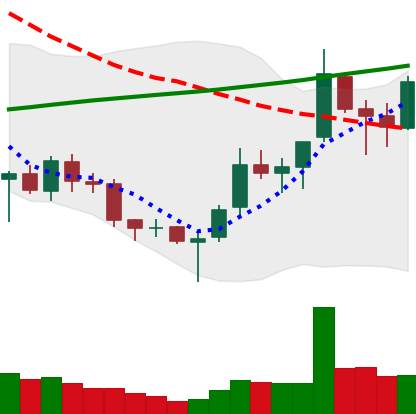
Ticker: TRX-USD
Chart end date: 2018-03-28
Forward return: -26.757%
Label: down_7plus